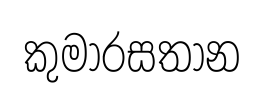
කුමාරසතාන